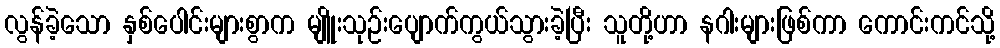
လွန်ခဲ့သော နှစ်ပေါင်းများစွာက မျိူးသုဉ်းပျောက်ကွယ်သွားခဲ့ပြီး သူတို့ဟာ နဂါးများဖြစ်ကာ ကောင်းကင်သို့